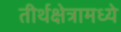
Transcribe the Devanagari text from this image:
तीर्थक्षेत्रामध्ये